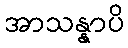
အာသန္နာပိ